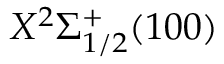
X ^ { 2 } \Sigma _ { 1 / 2 } ^ { + } ( 1 0 0 )